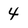
Character: 4